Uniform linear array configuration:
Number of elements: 24
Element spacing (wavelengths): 1
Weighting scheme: exponential
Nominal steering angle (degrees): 60
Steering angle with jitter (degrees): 59.912
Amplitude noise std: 0.05
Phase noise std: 0.05

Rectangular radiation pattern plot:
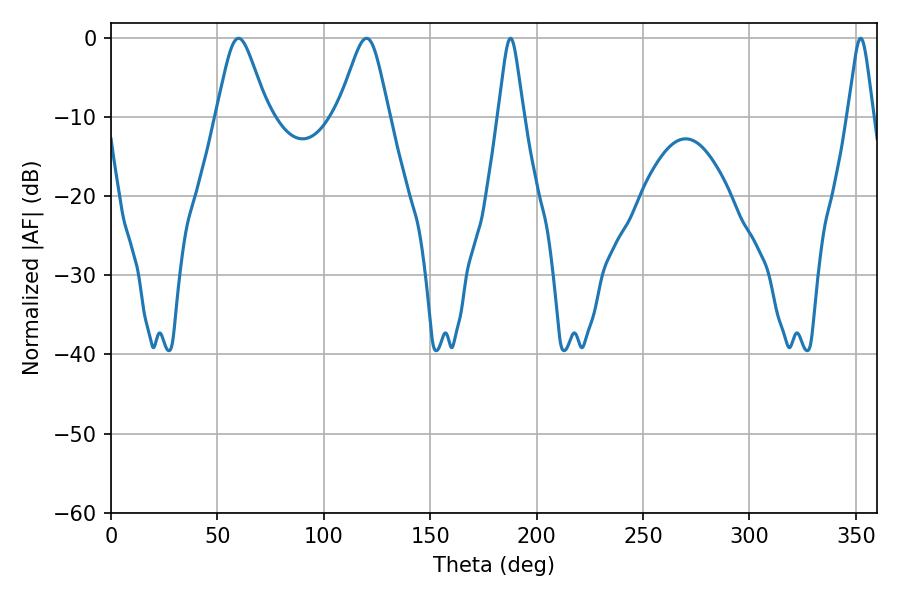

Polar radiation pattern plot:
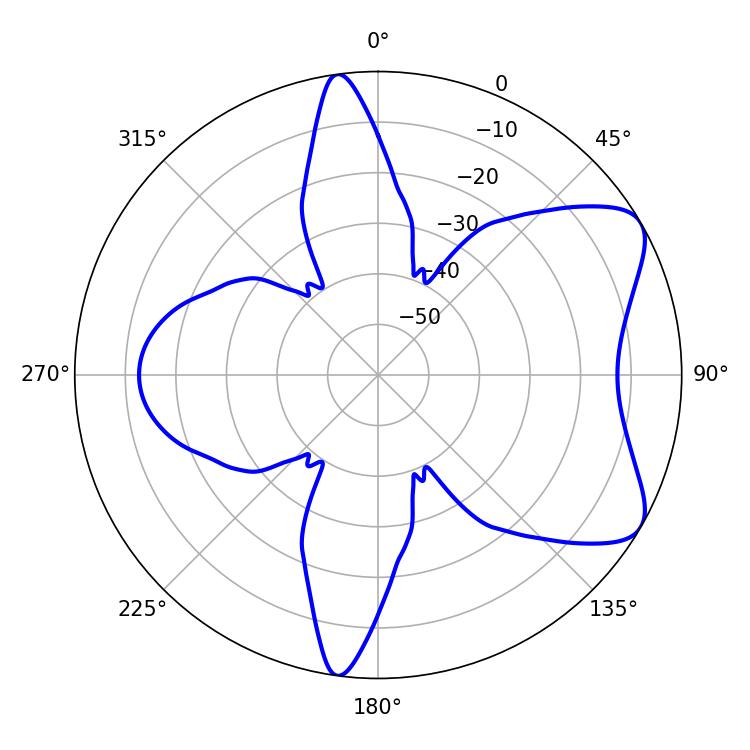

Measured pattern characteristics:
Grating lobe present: TRUE
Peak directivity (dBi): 7.083
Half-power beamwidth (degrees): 11.7
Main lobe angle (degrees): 59.94